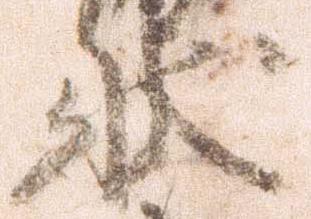
状